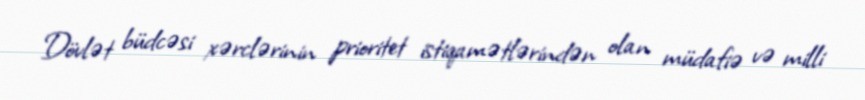
Dövlət büdcəsi xərclərinin prioritet istiqamətlərindən olan müdafiə və milli